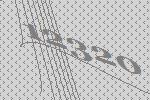
12320